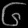
Digit: ၆